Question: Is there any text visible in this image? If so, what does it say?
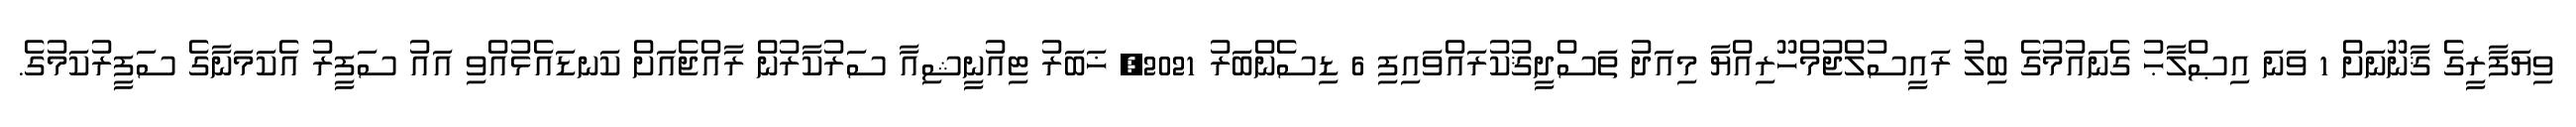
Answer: ވިޔަފާރީގެ ޤާނޫނަށް 1 ވަނަ އިޞްލާޙު ގެނައުމުގެ ބިލު ރައީސުލްޖުމްހޫރިއްޔާ މިއަދު ތަސްދީޤުކުރައްވައިފި 6 ޑިސެންބަރު 2021, ޚަބަރު ޓިއުނީޝިއާ ސަރުކާރުން ރާއްޖެއަށް ކަނޑައެޅުއްވި އައު ސަފީރު އެކަމަނާގެ ސަފީރުކަމުގެ.